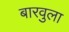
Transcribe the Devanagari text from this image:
बारवुला